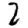
Digit: 2